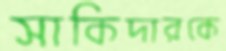
সাকিদারকে